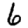
Digit: 6